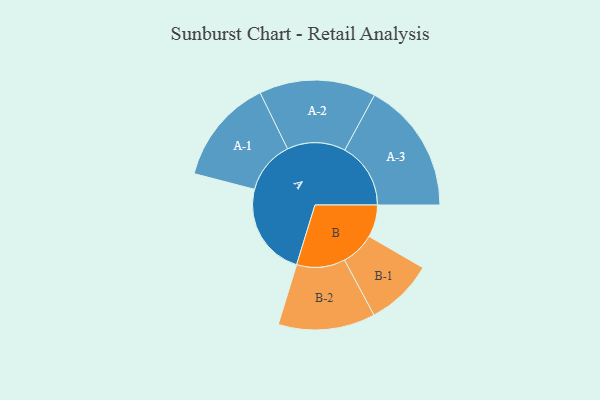
{"axis": {"x": "Segment", "y": "Value"}, "legend": ["", "A", "B"], "data": [{"x": "A", "y": 409, "type": ""}, {"x": "B", "y": 141, "type": ""}, {"x": "A-1", "y": 231, "type": "A"}, {"x": "A-2", "y": 255, "type": "A"}, {"x": "A-3", "y": 288, "type": "A"}, {"x": "B-1", "y": 148, "type": "B"}, {"x": "B-2", "y": 212, "type": "B"}]}